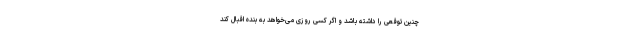
چنین توقعی را داشته باشد و اگر کسی روزی می‌خواهد به بنده اقبال کند